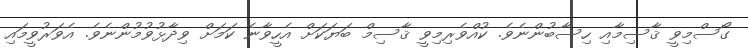
ގޯސްމިވީ ޤާސިމާއި ހިސާބުންނެވެ. ކުއްވެރިމިވީ ޤާސިމް ބަޔަކަށް އެހީވާނެ ކަމަށް ވިދާޅުވުމުންނެވެ. އެވަރުވީމައި